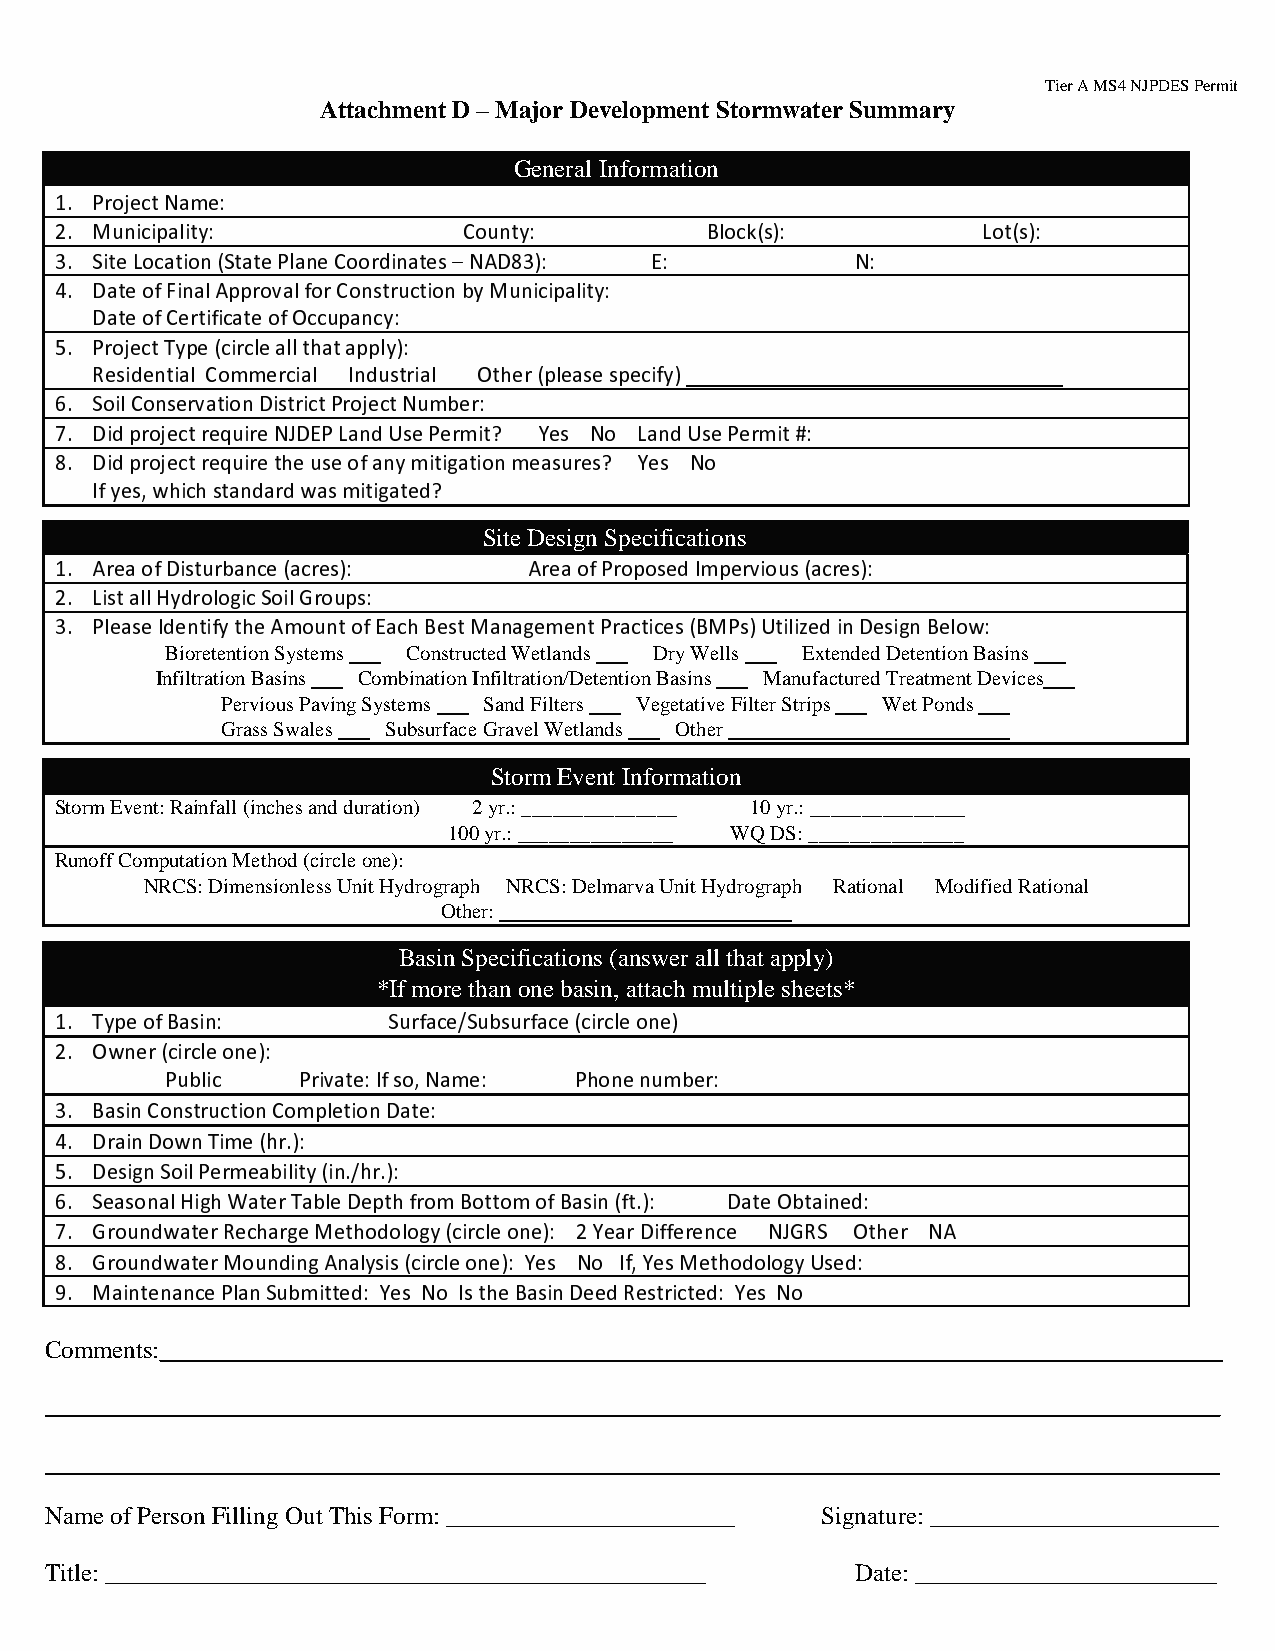
Tier A MS4 NJPDES Permit
 Attachment D – Major Development Stormwater Summary
 General Information
 1. Project Name:
 2. Municipality:           County:         Block(s):         Lot(s):
 3. Site Location (State Plane Coordinates NAD83): E: N:
 –
 4. Date of Final Approval for Construction by Municipality:
 Date of Certificate of Occupancy:
 5. Project Type (circle all that apply):
 Residential Commercial Industrial Other (please specify)
 _________________________________
 6. Soil Conservation District Project Number:
 7. Did project require NJDEP Land Use Permit? Yes No Land Use Permit #:
 8. Did project require the use of any mitigation measures? Yes No
 If yes, which standard was mitigated?
 Site Design Specifications
 1. Area of Disturbance (acres): Area of Proposed Impervious (acres):
 2. List all Hydrologic Soil Groups:
 3. Please Identify the Amount of Each Best Management Practices (BMPs) Utilized in Design Below:
 Bioretention Systems ___ Constructed Wetlands ___ Dry Wells ___ Extended Detention Basins ___
 Infiltration Basins ___ Combination Infiltration/Detention Basins ___ Manufactured Treatment Devices___
 Pervious Paving Systems ___ Sand Filters ___ Vegetative Filter Strips ___ Wet Ponds ___
 Grass Swales ___ Subsurface Gravel Wetlands ___ Other ___________________________
 Storm Event Information
 Storm Event: Rainfall (inches and duration) 2 yr.: _______________ 10 yr.: _______________
 100 yr.: _______________ WQ DS: _______________
 Runoff Computation Method (circle one):
 NRCS: Dimensionless Unit Hydrograph NRCS: Delmarva Unit Hydrograph Rational Modified Rational
 Other: ____________________________
 Basin Specifications (answer all that apply)
 *If more than one basin, attach multiple sheets*
 1. Type of Basin:     Surface/Subsurface (circle one)
 2. Owner (circle one):
 Public   Private: If so, Name: Phone number:
 3. Basin Construction Completion Date:
 4. Drain Down Time (hr.):
 5. Design Soil Permeability (in./hr.):
 6. Seasonal High Water Table Depth from Bottom of Basin (ft.): Date Obtained:
 7. Groundwater Recharge Methodology (circle one): 2 Year Difference NJGRS Other NA
 8. Groundwater Mounding Analysis (circle one): Yes No If, Yes Methodology Used:
 9. Maintenance Plan Submitted: Yes No Is the Basin Deed Restricted: Yes No
 Comments:_____________________________________________________________________________________
 ______________________________________________________________________________________________
 ______________________________________________________________________________________________
 Name of Person Filling Out This Form: _______________________ Signature: _______________________
 Title: ________________________________________________ Date: ________________________